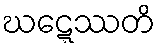
ဃဋ္ဋေဿတိ